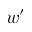
w ^ { \prime }